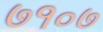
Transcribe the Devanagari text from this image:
७१०७